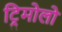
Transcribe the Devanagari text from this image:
ट्रिमोलो